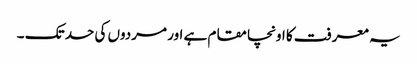
یہ معرفت کا اونچا مقام ہے اور مردوں کی حد تک ۔